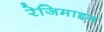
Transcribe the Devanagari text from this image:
रेजिमाइन